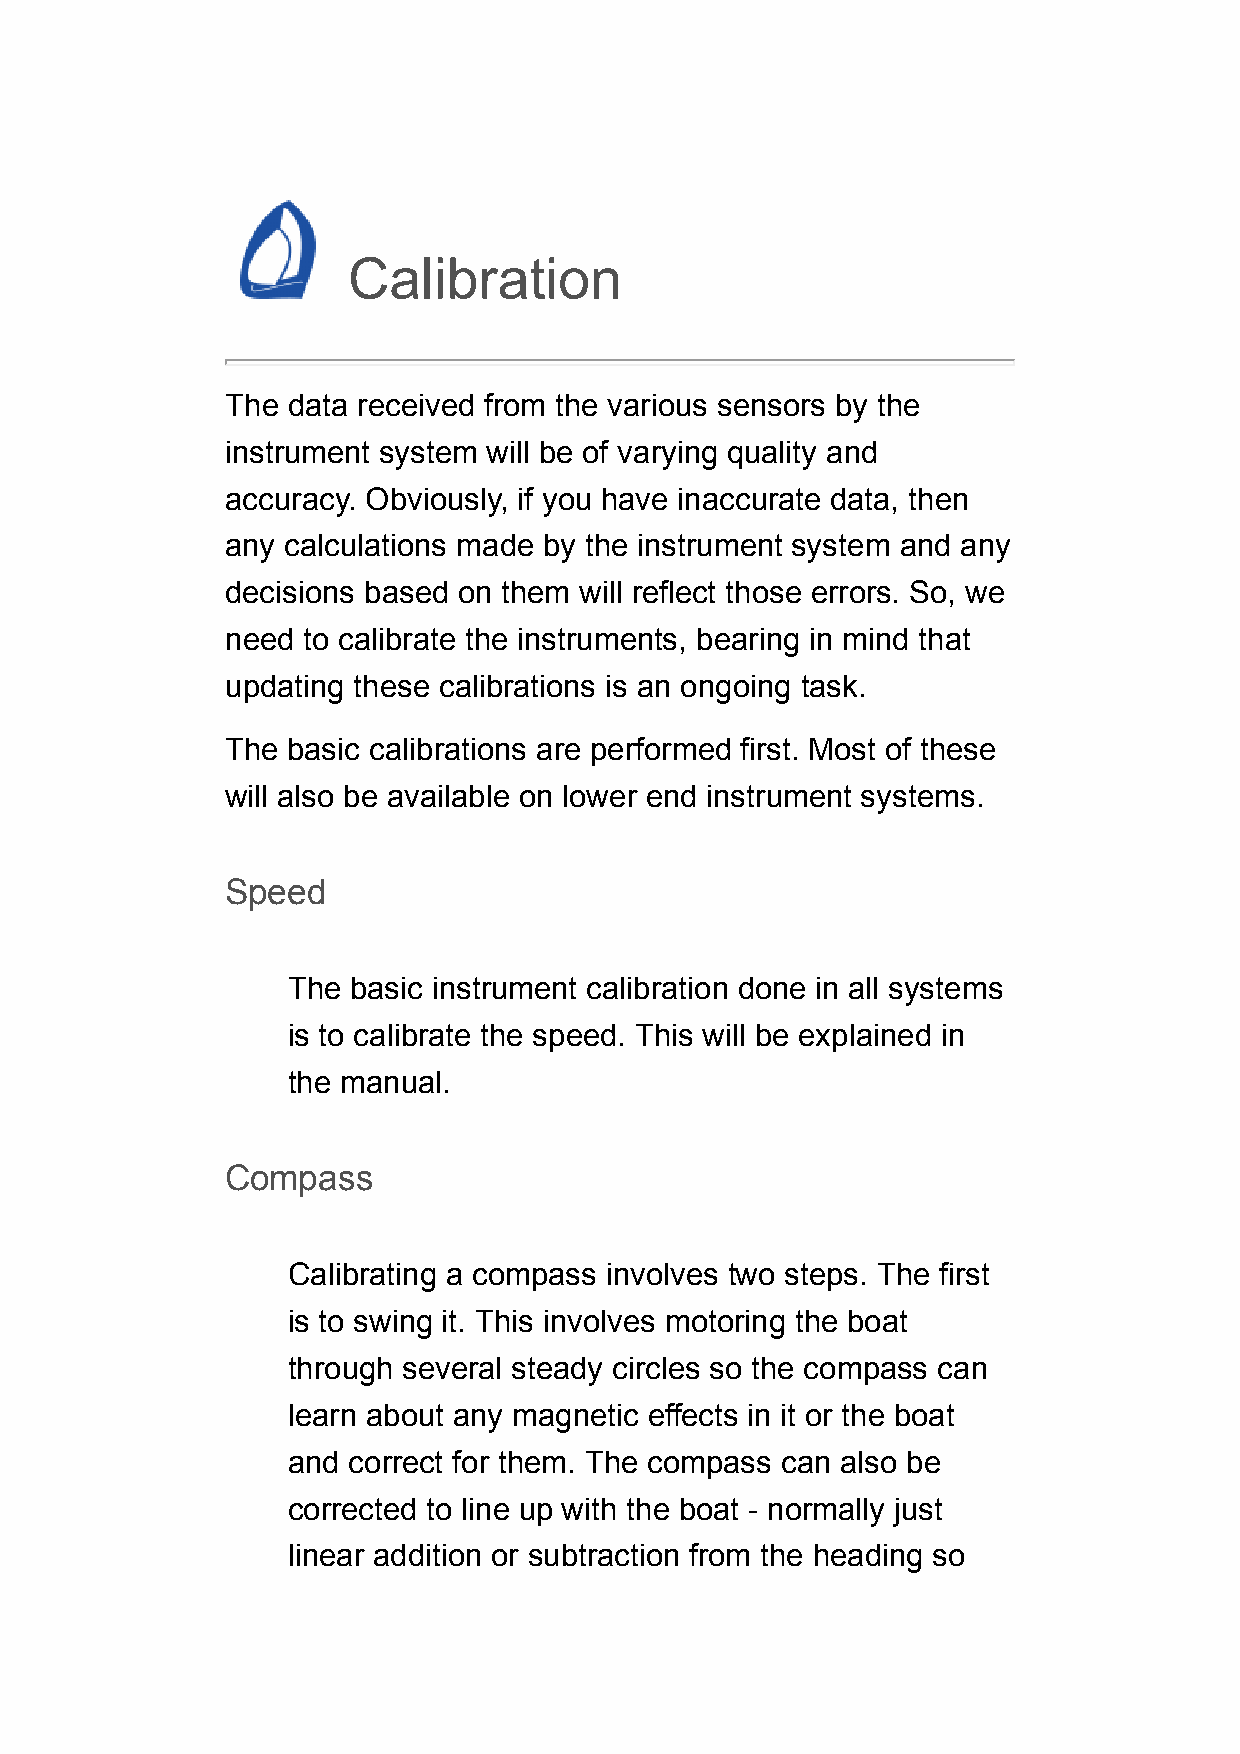
Calibration
 The data received from the various sensors by the
 instrument system will be of varying quality and
 accuracy. Obviously, if you have inaccurate data, then
 any calculations made by the instrument system and any
 decisions based on them will reflect those errors. So, we
 need to calibrate the instruments, bearing in mind that
 updating these calibrations is an ongoing task.
 The basic calibrations are performed first. Most of these
 will also be available on lower end instrument systems.
 Speed
 The basic instrument calibration done in all systems
 is to calibrate the speed. This will be explained in
 the manual.
 Compass
 Calibrating a compass involves two steps. The first
 is to swing it. This involves motoring the boat
 through several steady circles so the compass can
 learn about any magnetic effects in it or the boat
 and correct for them. The compass can also be
 corrected to line up with the boat - normally just
 linear addition or subtraction from the heading so